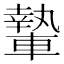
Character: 𨎌